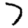
Digit: 7